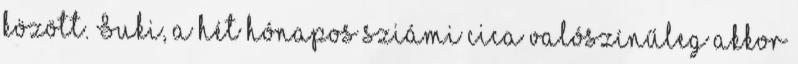
között. Suki, a hét hónapos sziámi cica valószínűleg akkor